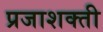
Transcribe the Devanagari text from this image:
प्रजाशक्ती